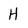
Character: H